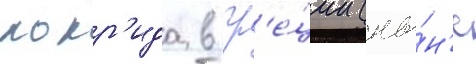
локр'ида в гр'е́ции (ны́н'е